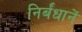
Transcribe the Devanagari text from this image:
निर्बंधानें